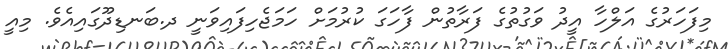
މިފަހަރުގެ އަލްހާ އީދު ވަގުތުގެ ފަރާތުން ފާހަގަ ކުރުމަށް ހަމަޖެހިފައިވަނީ ދ.ބަނޑިދޫގައިއެވެ. މިއީ